Civil Veterinary Department. Central Provinces & Berar 1925-31 - 1925-1931
Year: 1925
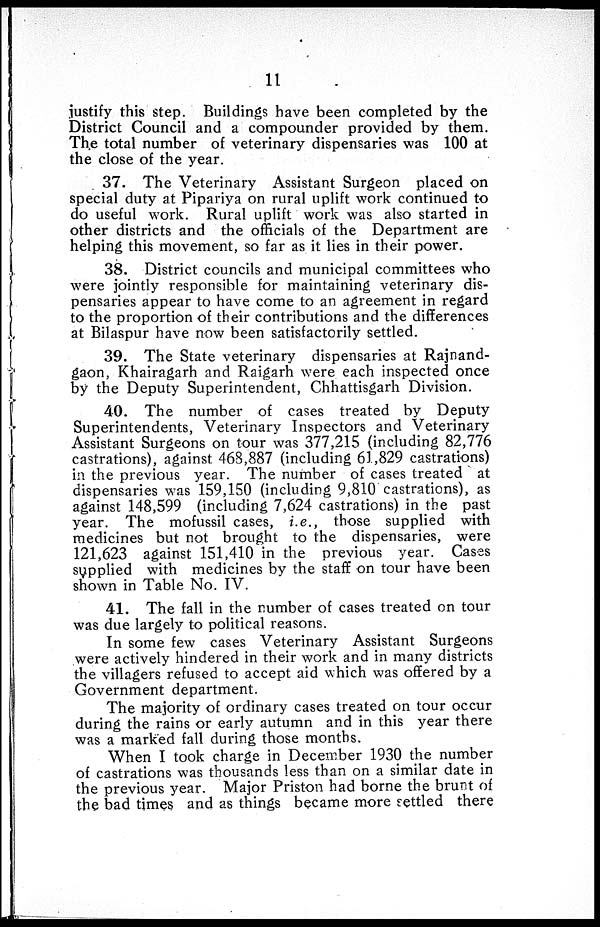
11
justify this step. Buildings have been completed by the
District Council and a compounder provided by them.
The total number of veterinary dispensaries was 100 at
the close of the year.
37. The Veterinary Assistant Surgeon placed on
special duty at Pipariya on rural uplift work continued to
do useful work. Rural uplift work was also started in
other districts and the officials of the Department are
helping this movement, so far as it lies in their power.
38. District councils and municipal committees who
were jointly responsible for maintaining veterinary dis-
pensaries appear to have come to an agreement in regard
to the proportion of their contributions and the differences
at Bilaspur have now been satisfactorily settled.
39. The State veterinary dispensaries at Rajnand-
gaon, Khairagarh and Raigarh were each inspected once
by the Deputy Superintendent, Chhattisgarh Division.
40. The number of cases treated by Deputy
Superintendents, Veterinary Inspectors and Veterinary
Assistant Surgeons on tour was 377,215 (including 82,776
castrations), against 468,887 (including 61,829 castrations)
in the previous year. The number of cases treated at
dispensaries was 159,150 (including 9,810 castrations), as
against 148,599 (including 7,624 castrations) in the past
year. The mofussil cases, i.e., those supplied with
medicines but not brought to the dispensaries, were
121,623 against 151,410 in the previous year. Cases
supplied with medicines by the staff on tour have been
shown in Table No. IV.
41. The fall in the number of cases treated on tour
was due largely to political reasons.
In some few cases Veterinary Assistant Surgeons
were actively hindered in their work and in many districts
the villagers refused to accept aid which was offered by a
Government department.
The majority of ordinary cases treated on tour occur
during the rains or early autumn and in this year there
was a marked fall during those months.
When I took charge in December 1930 the number
of castrations was thousands less than on a similar date in
the previous year. Major Priston had borne the brunt of
the bad times and as things became more settled there